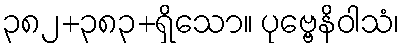
၃၈၂+၃၈၃+ရှိသော။ ပုဗ္ဗေနိဝါသံ၊